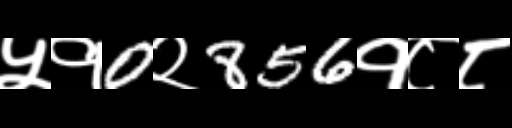
Text: ५१0२856१८८